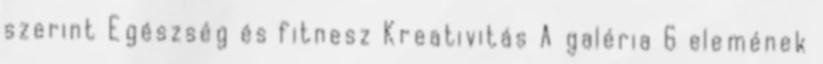
szerint Egészség és fitnesz Kreativitás A galéria 6 elemének